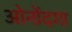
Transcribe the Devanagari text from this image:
ओनोंदगा